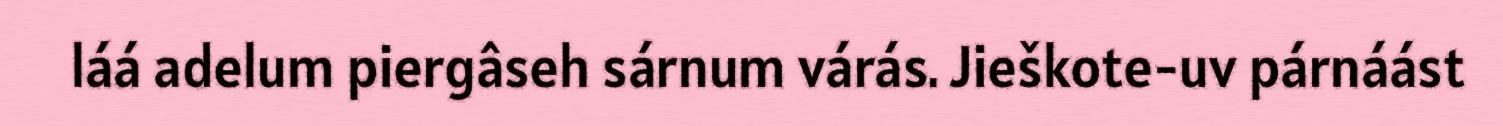
láá adelum piergâseh sárnum várás. Jieškote-uv párnáást